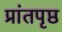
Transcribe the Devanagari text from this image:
प्रांतपृष्ठ